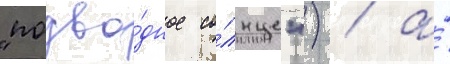
"подво́дное со́лнце") / а́